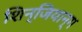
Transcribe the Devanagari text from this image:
शिन्जियान्ग